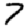
Digit: 7